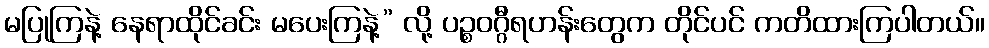
မပြုကြနဲ့ နေရာထိုင်ခင်း မပေးကြနဲ့” လို့ ပဉ္စဝဂ္ဂီရဟန်းတွေက တိုင်ပင် ကတိထားကြပါတယ်။